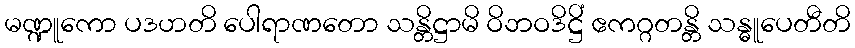
မဏ္ဍူကော ပဒဟတိ ပေါရာဏတော သန္တိဋ္ဌာမိ ဝိဘဝဒိဋ္ဌိံ ဧကဂ္ဂတန္တိ သန္ဓူပေတီတိ